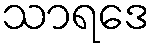
သာရဒေ